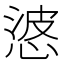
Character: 𭝙